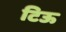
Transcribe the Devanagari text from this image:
टिऊ